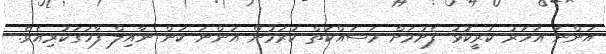
އަންނަ އަހަރު ކުރީކޮޅު ފެށުމަށް މަސައްކަތް ކުރަމުން އަންނަ ކަން ނާއިލް ފާހަގަކުރިއެވެ.